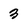
Character: 3